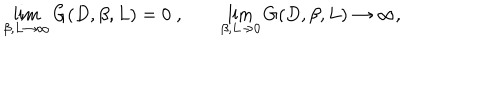
LaTeX: \lim _ { \beta , L \rightarrow \infty } G ( D , \beta , L ) = 0 \; , \; \lim _ { \beta , L \rightarrow 0 } G ( D , \beta , L ) \rightarrow \infty ,